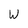
Character: W